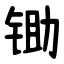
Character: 锄